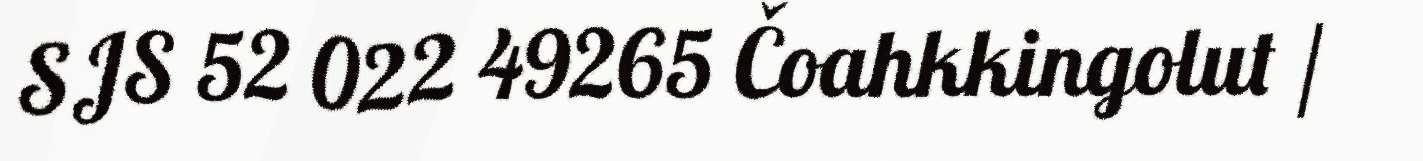
SJS 52 022 49265 Čoahkkingolut /